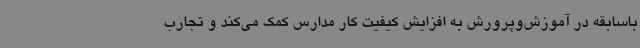
باسابقه در آموزش‌وپرورش به افزایش کیفیت کار مدارس کمک می‌کند و تجارب